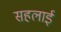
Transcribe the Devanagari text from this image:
सहलाई